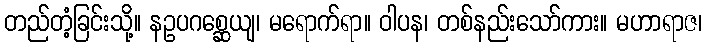
တည်တံ့ခြင်းသို့။ နဥပဂစ္ဆေယျ၊ မရောက်ရာ။ ဝါပန၊ တစ်နည်းသော်ကား။ မဟာရာဇ၊